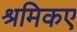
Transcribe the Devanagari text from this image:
श्रमिकए